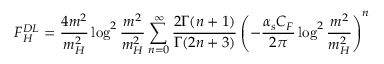
{ \cal F } _ { H } ^ { D L } = \frac { 4 m ^ { 2 } } { m _ { H } ^ { 2 } } \log ^ { 2 } \frac { m ^ { 2 } } { m _ { H } ^ { 2 } } \sum _ { n = 0 } ^ { \infty } \frac { 2 \Gamma ( n + 1 ) } { \Gamma ( 2 n + 3 ) } \left( - \frac { \alpha _ { s } C _ { F } } { 2 \pi } \log ^ { 2 } \frac { m ^ { 2 } } { m _ { H } ^ { 2 } } \right) ^ { n }